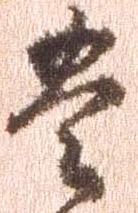
豊